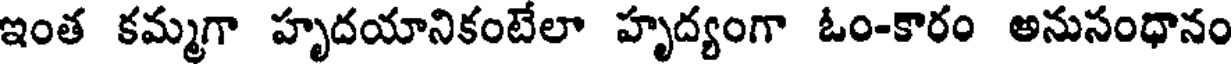
ఇంత కమ్మగా హృదయానికంటేలా హృద్యంగా ఓం-కారం అనుసంధానం